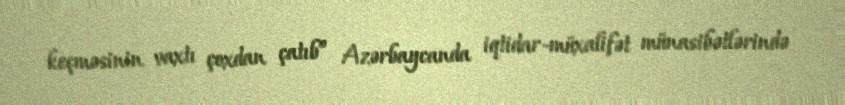
keçməsinin vaxtı çoxdan çatıb” Azərbaycanda iqtidar-müxalifət münasibətlərində